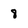
Character: 8